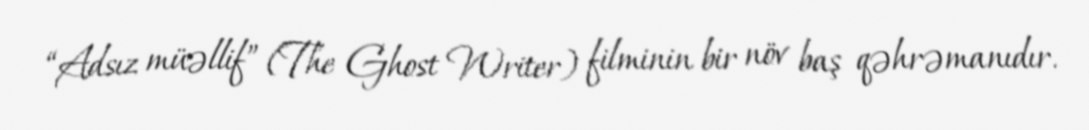
“Adsız müəllif” (The Ghost Writer) filminin bir növ baş qəhrəmanıdır.